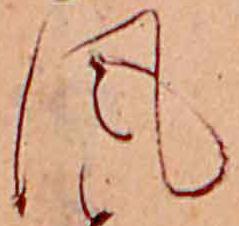
風